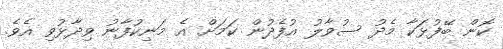
ކޮން ބޭފުޅަކާ މެދު ސުވާލު އުފެދުން ކަމަށް އެ މަނިކުފާނު ވިދާޅުވި އެވެ.